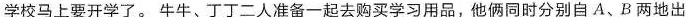
|学校马上要开学了。牛牛、丁丁二人准备一起去购买学习用品，他俩同时分别自A、B两地出